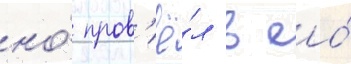
но́ пров'ё́л в ео́